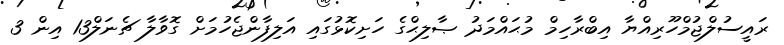
ރައީސުލްޖުމްހޫރިއްޔާ އިބްރާހިމް މުޙައްމަދު ޞާލިޙްގެ ހަށިކޮޅުގައި އަލިފާންޖެހުމަށް ގޮވާލާ ޗެނަލް13 އިން 3